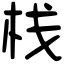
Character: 栈